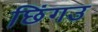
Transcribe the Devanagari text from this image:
छिंगउ